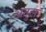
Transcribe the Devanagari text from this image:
अतुलः